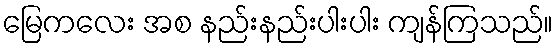
မြေကလေး အစ နည်းနည်းပါးပါး ကျန်ကြသည်။